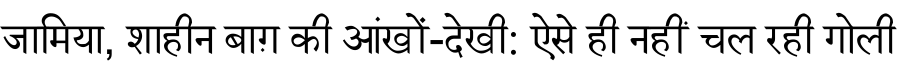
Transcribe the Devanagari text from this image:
जामिया, शाहीन बाग़ की आंखों-देखी: ऐसे ही नहीं चल रही गोली